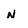
Character: n